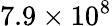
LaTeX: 7.9\times 10^{8}